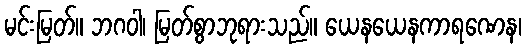
မင်းမြတ်။ ဘဂဝါ၊ မြတ်စွာဘုရားသည်။ ယေနယေနကာရဏေန၊